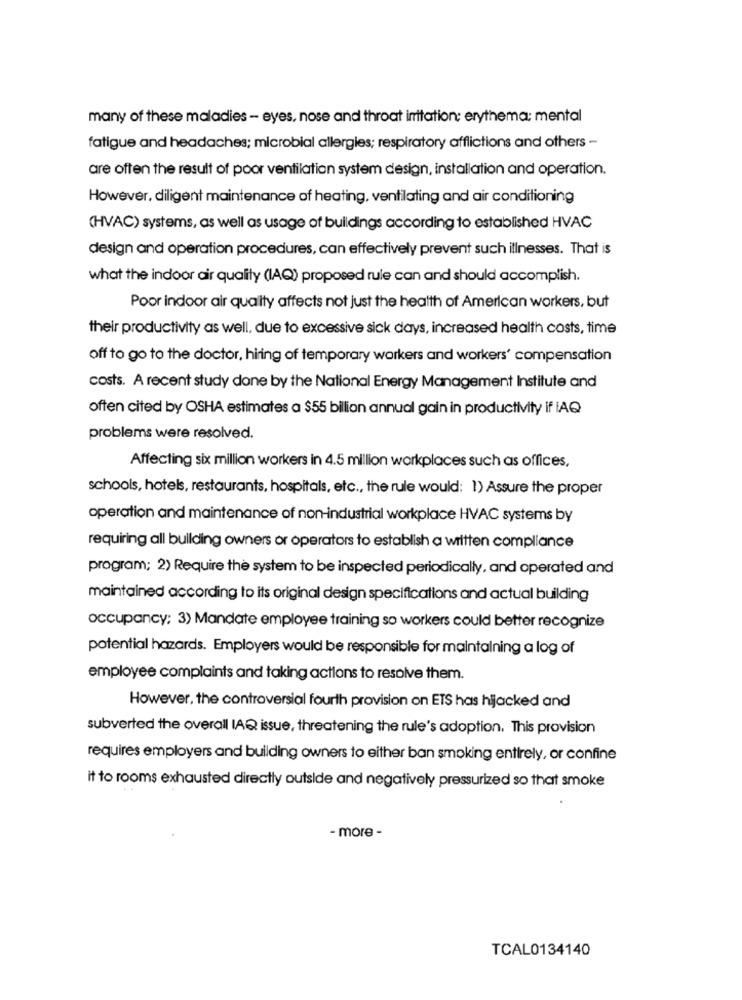
many of these maladies - eyes, nose and throat imitation: erythema: mental
fatigue and headaches; microbial allergies; respiratory afflictions and others -
are often the result of poor ventilation system design, installation and operation.
However, diligent maintenance of heating, ventilating and air conditioning
(HVAC) systems, as well as usage of buildings according to established HVAC
design and operation procedures, can effectively prevent such illnesses. That is
what the indoor air quality (IAQ) proposed rule can and should accomplish.
Poor indoor air quality affects not just the health of American workers, but
their productivity as well, due to excessive sick days, increased health costs, time
off to go to the doctor, hiring of temporary workers and workers' compensation
costs. A recent study done by the National Energy Management Institute and
often cited by OSHA estimates a $55 billion annual gain in productivity if IAQ
problems were resolved.
Affecting six million workers in 4.5 million workplaces such as offices,
schools, hotels, restaurants, hospitals, etc ., the rule would: 1) Assure the proper
operation and maintenance of non-industrial workplace HVAC systems by
requiring all bullding owners or operators to establish a written compliance
program; 2) Require the system to be inspected periodically, and operated and
maintained according to its original design specifications and actual building
occupancy; 3) Mandate employee training so workers could better recognize
potential hazards. Employers would be responsible for maintaining a log of
employee complaints and taking actions to resolve them.
However, the controversial fourth provision on ETS has hijacked and
subverted the overall IAQ issue, threatening the rule's adoption. This provision
requires employers and building owners to either ban smoking entirely, or confine
it to rooms exhausted directly outside and negatively pressurized so that smoke
- more -
TCAL0134140